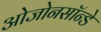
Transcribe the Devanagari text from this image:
ओजोनसॉन्‍डे